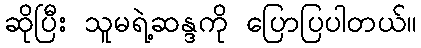
ဆိုပြီး သူမရဲ့ဆန္ဒကို ပြောပြပါတယ်။